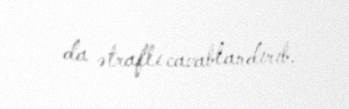
da ətraflı cavablandırıb.